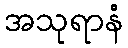
အသုရာနံ